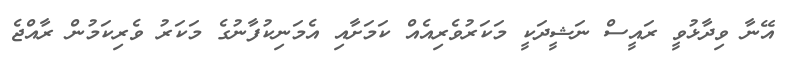
އޭނާ ވިދާޅުވީ ރައީސް ނަޝީދަކީ މަކަރުވެރިއެއް ކަމަށާއި އެމަނިކުފާނުގެ މަކަރު ވެރިކަމުން ރާއްޖެ